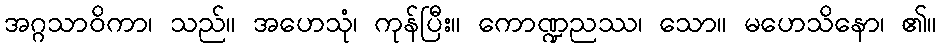
အဂ္ဂသာဝိကာ၊ သည်။ အဟေသုံ၊ ကုန်ပြီး။ ကောဏ္ဍညဿ၊ သော။ မဟေသိနော၊ ၏။